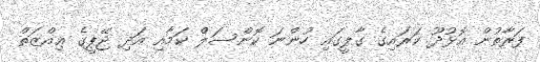
ފަރާތުން އޮޅުދޫ ކަރައިގެ ގާލީގައި ހުންނަ ކޮންސަލް ކަމާއި އަދި ޖޭޕީގެ ޢިއްޒަތް